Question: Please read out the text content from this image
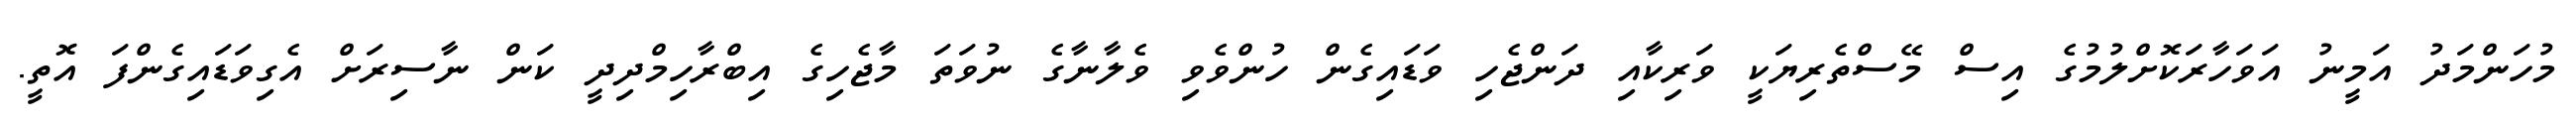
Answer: މުހަންމަދު އަމީނު އަވަހާރަކޮށްލުމުގެ އިސް މޭސްތެރިޔަކީ ވަރިކާއި ދަންޖެހި ވަޑައިގެން ހުންވެވި ވެލާނާގެ ނުވަތަ މާޖެހިގެ އިބްރާހިމްދިދީ ކަން ނާސިރަށް އެގިވަޑައިގެންފަ އޮތީ.